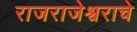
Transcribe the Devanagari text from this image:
राजराजेश्वराचे